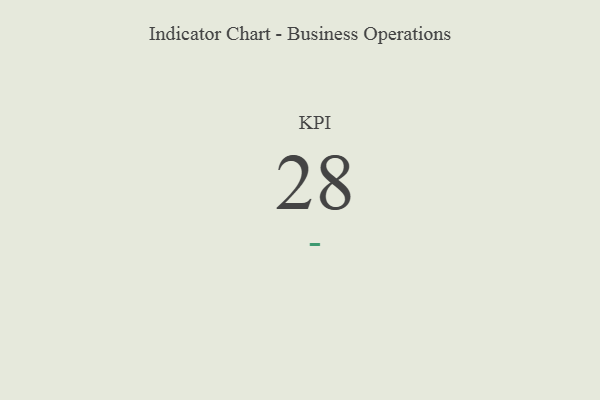
{"axis": {"x": "KPI", "y": "Value"}, "legend": [""], "data": [{"x": "KPI", "y": 28, "type": ""}]}